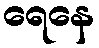
ရေနေ